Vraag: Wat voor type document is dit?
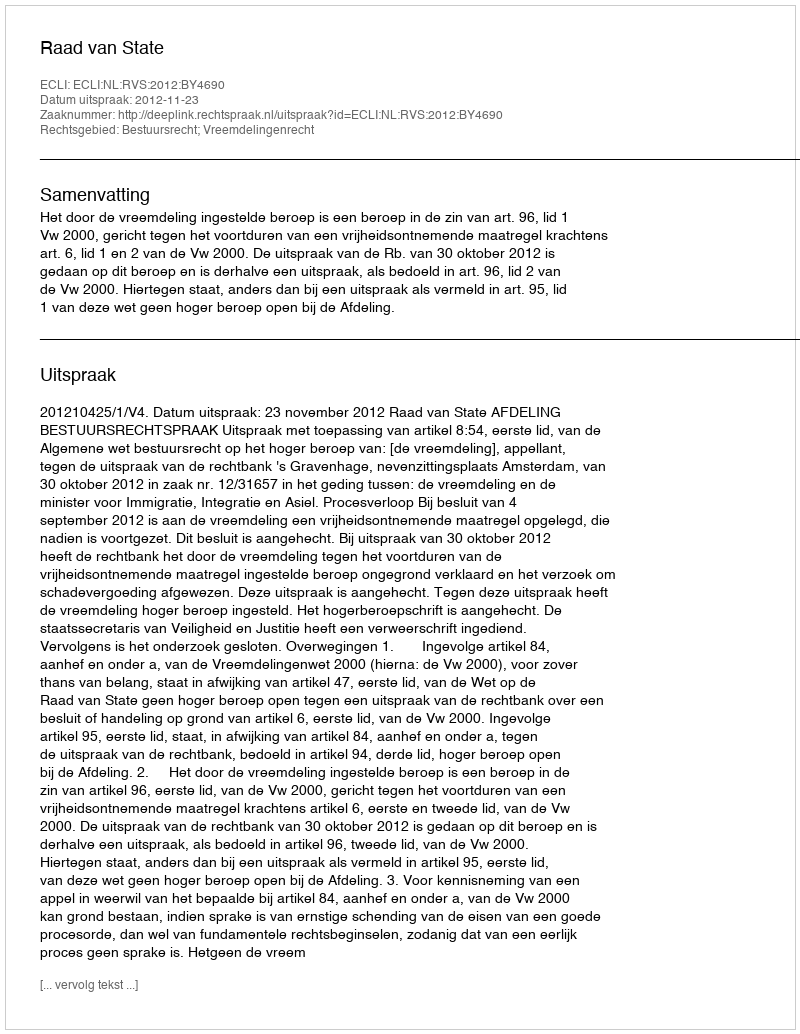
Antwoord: Uitspraak